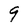
Character: q